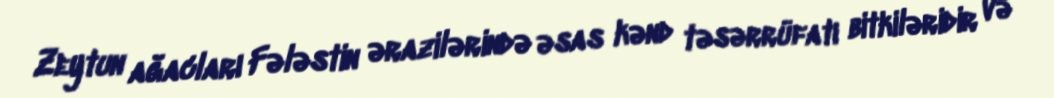
Zeytun ağacları Fələstin ərazilərində əsas kənd təsərrüfatı bitkiləridir və